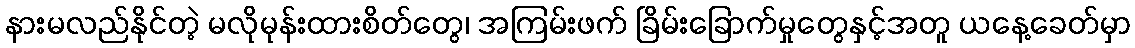
နားမလည်နိုင်တဲ့ မလိုမုန်းထားစိတ်တွေ၊ အကြမ်းဖက် ခြိမ်းခြောက်မှုတွေနှင့်အတူ ယနေ့ခေတ်မှာ